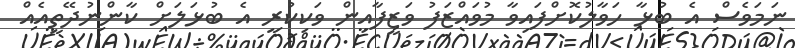
ނަމަވެސް އެ ބުޅާ ހަވާލުކޮށްފައިވާ މުވައްޒަފު ވަޒީފާއިން ވަކިކުރީ އެ ބުޅަލަށް ކާންނުދޭތީއެއް